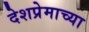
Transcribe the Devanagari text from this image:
देशप्रेमाच्या